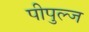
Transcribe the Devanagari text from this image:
पीपुल्ज